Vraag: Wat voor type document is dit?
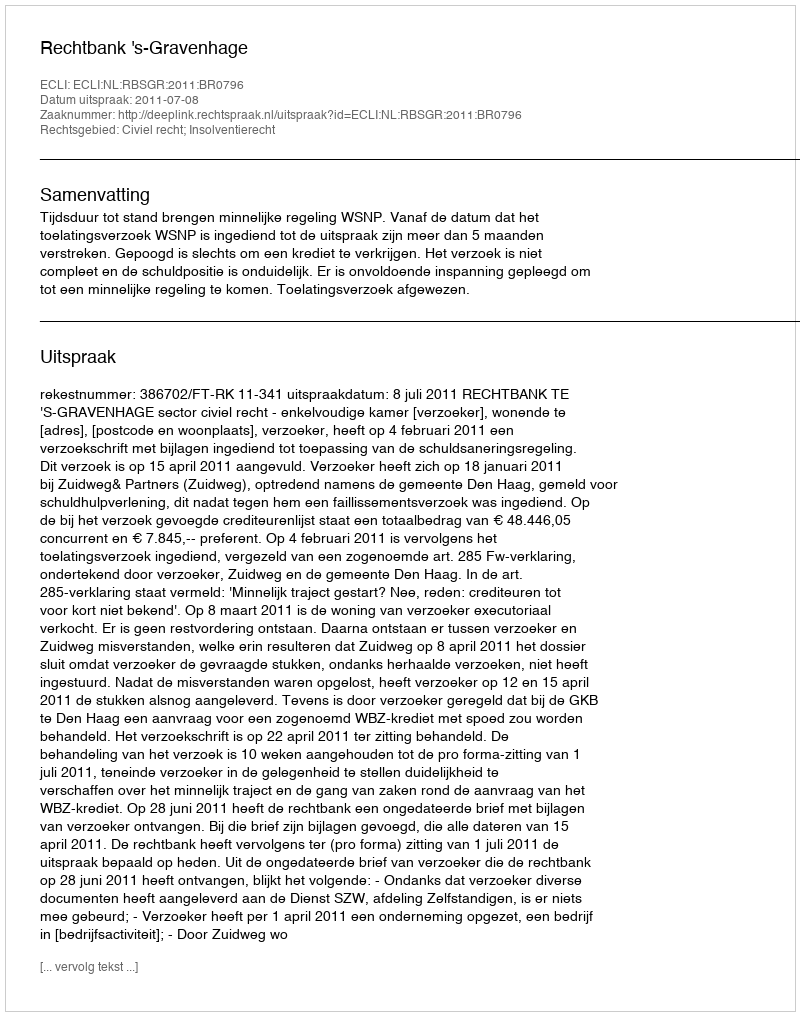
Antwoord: Uitspraak